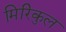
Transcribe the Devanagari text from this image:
मिरिकुल